Insane asylums in Bengal annual reports 1867-1875 - 1867-1875
Year: 1867
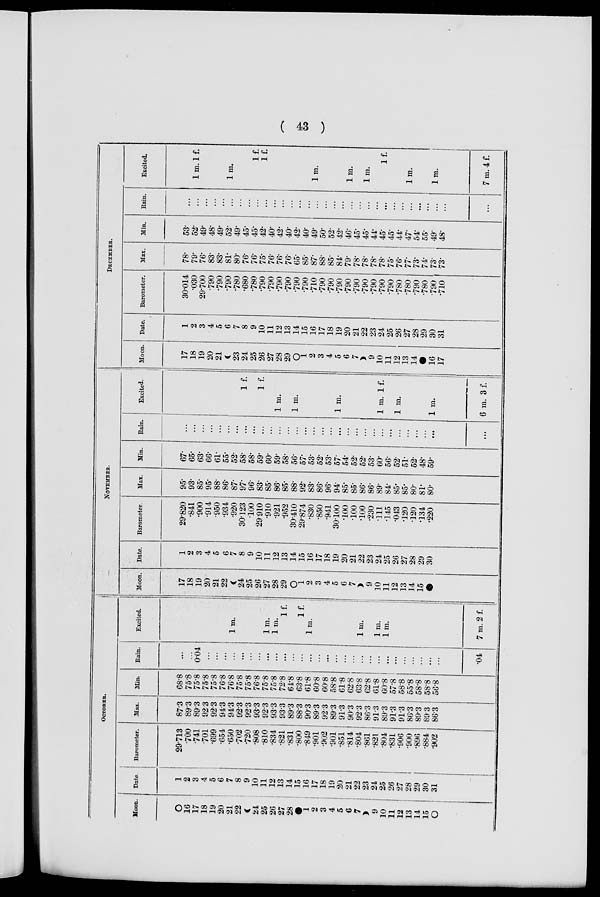
( 43 )
OCTOBER.
Moon.
O
16
17
18
19
20
21
22
24
25
26
27
28
1
2
3
4
5
6
7
9
10
11
12
13
14
15
O
Date.
1
2
3
4
5
6
7
8
9
10
11
12
13
14
15
16
17
18
19
20
21
22
23
24
25
26
27
28
29
30
31
Barometer.
29.713
.700
.741
.701
.699
.654
.650
.702
.720
.808
.810
.834
.821
.831
.800
.849
.901
.902
.901
.851
.814
.804
.861
.821
.804
.831
.906
.900
.896
.884
.902
Max.
87.3
89.3
89.3
92.3
92.3
94.3
94.3
92.3
92.3
93.3
92.3
93.3
93.3
89.3
88.3
90.3
89.3
92.3
89.3
91.3
90.3
92.3
86.3
91.3
89.3
91.3
91.3
86.3
89.3
89.3
86.3
Min.
68.8
75.8
75.8
75.8
75.8
76.8
76.8
75.8
75.8
76.8
75.8
75.8
72.8
64.8
63.8
61.8
60.8
60.8
58.8
61.8
62.8
63.8
62.8
61.8
60.8
57.8
58.8
55.8
58.8
58.8
56.8
Rain.
...
...
0.04
...
...
...
...
...
...
...
...
...
...
...
...
...
...
...
...
...
...
...
...
...
...
...
...
...
...
...
...
.04
Excited.
1 m.
1 m.
1 m.
1 f.
1 f.
1 m.
1 m.
1 m.
1 m.
7 m. 2 f.
NOVEMBER.
Moon.
17
18
19
20
21
22
24
25
26
27
28
29
O
1
2
3
4
5
6
7
9
10
11
12
13
14
15
Date.
1
2
3
4
5
6
7
8
9
10
11
12
13
14
15
16
17
18
19
20
21
22
23
24
25
26
27
28
29
30
Barometer.
29.820
.841
.900
.914
.950
.934
.920
30.123
.100
29.910
.910
.921
.952
30.410
29.874
.830
.850
.941
30.100
.100
.100
.100
.230
.111
.145
.043
.120
.120
.134
.220
Max.
95.
93.
85.
95.
88.
86.
87.
97.
96.
83.
85.
86.
85.
88.
92.
83.
86.
96.
94.
85.
85.
86.
86.
89.
84.
85.
85.
80.
81.
80.
Min.
67.
65.
63.
66.
61.
55.
52.
58.
58.
59.
60.
59.
58.
56.
57.
53.
52.
53.
57.
54.
52.
52.
53.
60.
56.
52.
51.
52.
48.
59.
Rain.
...
...
...
...
...
...
...
...
...
...
...
...
...
...
...
...
...
...
...
...
...
...
...
...
...
...
...
...
...
...
...
Excited.
1 f.
1 f.
1 m.
1 m.
1 m.
1 m. 1 f.
1 m.
1 m.
6 m. 3 f.
DECEMBER.
Moon.
17
18
19
20
21
23
24
25
26
27
28
29
O
1
2
3
4
5
6
7
9
10
11
12
13
14
16
17
Date.
1
2
3
4
5
6
7
8
9
10
11
12
13
14
15
16
17
18
19
20
21
22
23
24
25
26
27
28
29
30
31
Barometer.
30.014
.030
29.700
.790
.790
.790
.780
.680
.780
.790
.790
.790
.790
.790
.790
.710
.790
.790
.790
.790
.790
.790
.790
.790
.790
.780
.780
.790
.780
.790
.710
Max.
78.
79.
76.
83.
83.
81.
80.
76.
76.
75.
76.
76.
76.
65.
85.
87.
88.
85.
84.
79.
78.
78.
78.
78.
75.
76.
77.
73.
74.
73.
73.
Min.
53.
52.
49.
48.
49.
52.
49.
45.
45.
42.
40.
42.
40.
42.
40.
49.
50.
52.
42.
46.
45.
45.
44.
45.
45.
44.
47.
54.
55.
49.
48.
Rain.
...
...
...
...
...
...
...
...
...
...
...
...
...
...
...
...
...
...
...
...
...
...
...
...
...
...
...
...
...
...
...
...
Excited.
1 m. 1 f.
1 m.
1 f.
1 f.
1 m.
1 m.
1 m.
1 f.
1 m.
1 m.
7 m. 4 f.